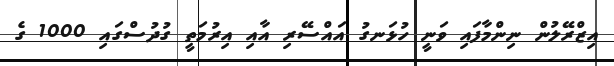
އިޒްރޭލުން ނިންމާފައި ވަނީ ހުޅަނގު އައްސޭރި އާއި އިރުމަތީ ގުދުސްގައި 1000 ގެ